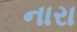
નારા